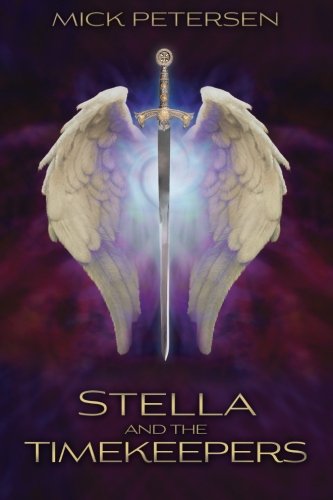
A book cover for Stella and the Timekeepers (The Laws of the Universe) (Volume 1); Mick Petersen; Teen & Young Adult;